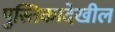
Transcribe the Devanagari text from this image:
पुस्तिकादेखील